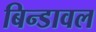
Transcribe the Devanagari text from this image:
बिन्डावल